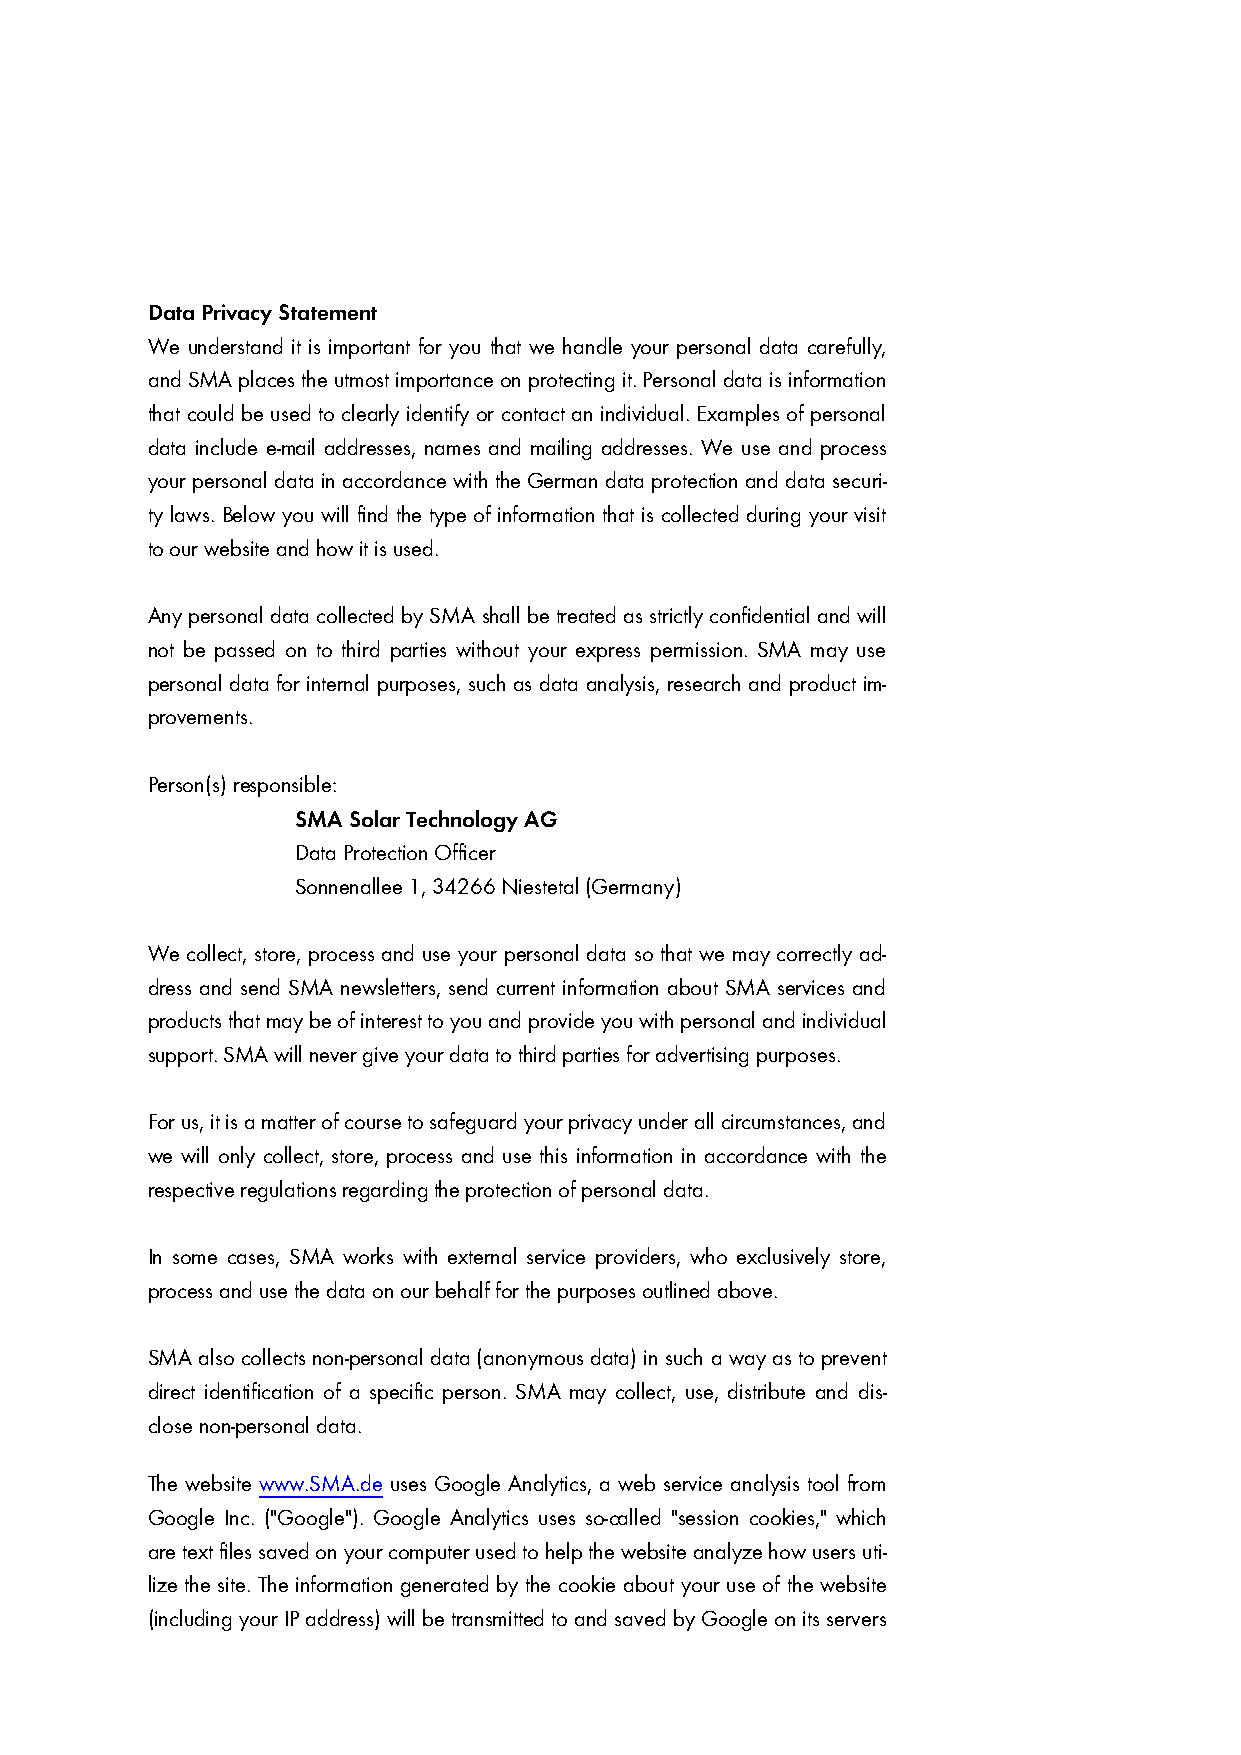
Data Privacy Statement
 We understand it is important for you that we handle your personal data carefully,
 and SMA places the utmost importance on protecting it. Personal data is information
 that could be used to clearly identify or contact an individual. Examples of personal
 data include e-mail addresses, names and mailing addresses. We use and process
 your personal data in accordance with the German data protection and data securi-
 ty laws. Below you will find the type of information that is collected during your visit
 to our website and how it is used.
 Any personal data collected by SMA shall be treated as strictly confidential and will
 not be passed on to third parties without your express permission. SMA may use
 personal data for internal purposes, such as data analysis, research and product im-
 provements.
 Person(s) responsible:
 SMA Solar Technology AG
 Data Protection Officer
 Sonnenallee 1, 34266 Niestetal (Germany)
 We collect, store, process and use your personal data so that we may correctly ad-
 dress and send SMA newsletters, send current information about SMA services and
 products that may be of interest to you and provide you with personal and individual
 support. SMA will never give your data to third parties for advertising purposes.
 For us, it is a matter of course to safeguard your privacy under all circumstances, and
 we will only collect, store, process and use this information in accordance with the
 respective regulations regarding the protection of personal data.
 In some cases, SMA works with external service providers, who exclusively store,
 process and use the data on our behalf for the purposes outlined above.
 SMA also collects non-personal data (anonymous data) in such a way as to prevent
 direct identification of a specific person. SMA may collect, use, distribute and dis-
 close non-personal data.
 The website www.SMA.de uses Google Analytics, a web service analysis tool from
 Google Inc. ("Google"). Google Analytics uses so-called "session cookies," which
 are text files saved on your computer used to help the website analyze how users uti-
 lize the site. The information generated by the cookie about your use of the website
 (including your IP address) will be transmitted to and saved by Google on its servers